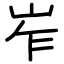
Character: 岝